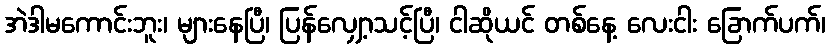
အဲဒါမကောင်းဘူး၊ များနေပြီ၊ ပြန်လျှော့သင့်ပြီ၊ ငါဆိုယင် တစ်နေ့ လေးငါး ခြောက်ပက်၊